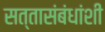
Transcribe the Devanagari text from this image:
सत्तासंबंधांशी